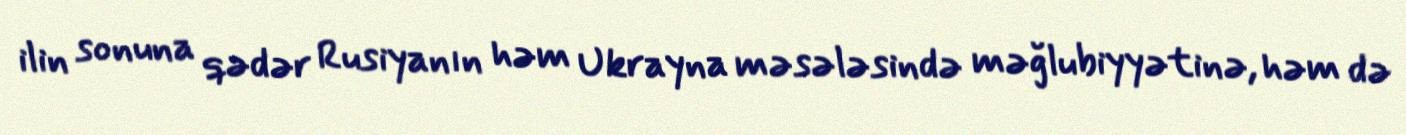
ilin sonuna qədər Rusiyanın həm Ukrayna məsələsində məğlubiyyətinə, həm də